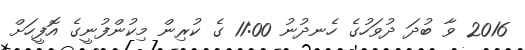
2016 ވާ ބުދަ ދުވަހުގެ ހެނދުނު 11:00 ގެ ކުރިން މިކުންފުނީގެ އޮފީހަށް